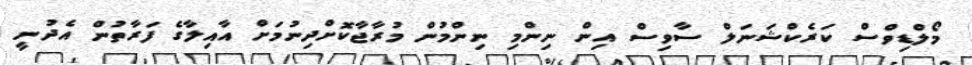
މޯލްޑިވްސް ކަރެކްޝަނަލް ސާވިސް އިން ނިންމި ނިންމުން މުރާޖާކޮށްދިނުމަށް އާއިލާގެ ފަރާތުން އެދުނީ